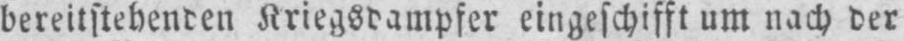
bereitstehenden Kriegsdampfer eingeschifft um nach der